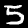
Label: 5